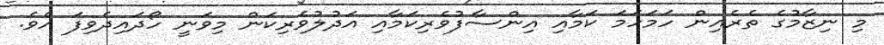
މި ނިޒާމުގެ ތެރެއިން ހަމަހަމަ ކަމާއި އިންސާފުވެރިކަމާއި އަދުލުވެރިކަން މިވަނީ ހޯދައިދެވިފަ އެވެ.